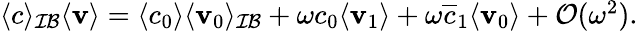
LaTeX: \begin{array}{r}{\langle c\rangle_{\mathcal{IB}}\langle\mathbf{v}\rangle=\langle c_{0}\rangle\langle\mathbf{v}_{0}\rangle_{\mathcal{IB}}+\omega c_{0}\langle\mathbf{v}_{1}\rangle+\omega\overline{c}_{1}\langle\mathbf{v}_{0}\rangle+\mathcal O(\omega^{2}).}\end{array}